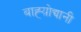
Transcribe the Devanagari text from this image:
बाह्य़ोद्यानी